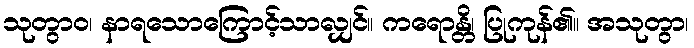
သုတွာဝ၊ နာရသောကြောင့်သာလျှင်။ ကရောန္တိ၊ ပြုကုန်၏။ အသုတွာ၊